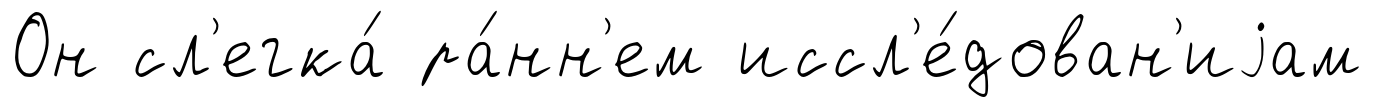
Он сл'егка́ ра́нн'ем иссл'е́дован'иjам